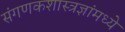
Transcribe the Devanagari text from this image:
संगणकशास्त्रज्ञांमध्ये